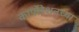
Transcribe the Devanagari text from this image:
कार्पोरेशनच्या